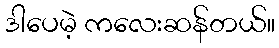
ဒါပေမဲ့ ကလေးဆန်တယ်။